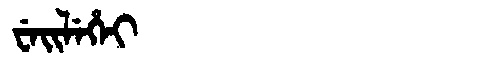
Manchu: ᠸᡝᡳᠯᡝᡥᡝᡳ
Romanization: WEILEHEI